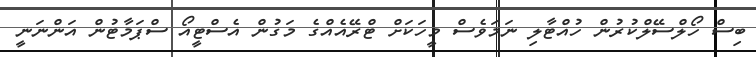
ބިސް ހޯލްސޭލްކުރުން ހުއްޓާލި ނަމަވެސް މީހަކަށް ޓްރޭއެއްގެ މަގުން އެސްޓީއޯ ސްޕަމާޓުން އަންނަނީ